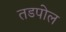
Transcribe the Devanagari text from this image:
तडपोल